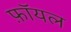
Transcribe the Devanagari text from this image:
फ़ॉयल